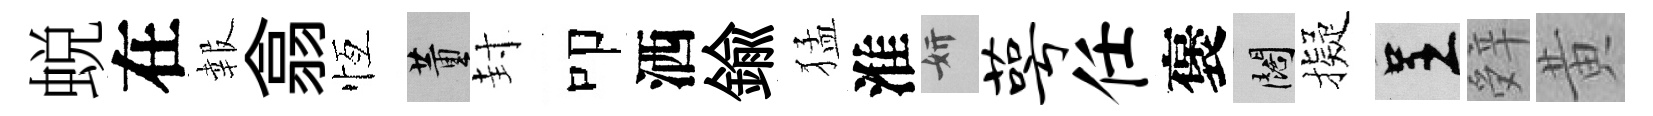
蜕在報翕恆董封叩洒鍮猛淮妍萼任褒闊擬呈辤黄